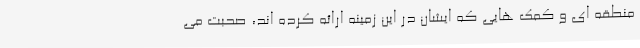
منطقه ای و کمک هایی که ایشان در این زمینه ارائه کرده اند، صحبت می